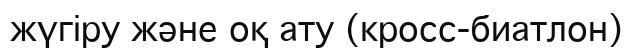
жүгіру және оқ ату (кросс-биатлон)